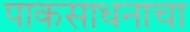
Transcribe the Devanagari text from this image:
पाकसाधनाचा